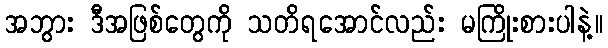
အဘွား ဒီအဖြစ်တွေကို သတိရအောင်လည်း မကြိုးစားပါနဲ့။